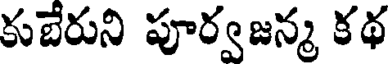
కుబేరుని పూర్వజన్మ కథ